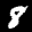
Label: 8